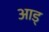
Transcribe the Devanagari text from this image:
आड्